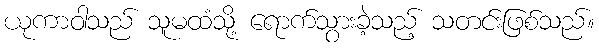
ယုကာဝါသည် သူမထံသို့ ရောက်သွားခဲ့သည့် သတင်းဖြစ်သည်။